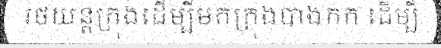
រថយន្តក្រុងដើម្បីមកក្រុងបាងកក ដើម្បី